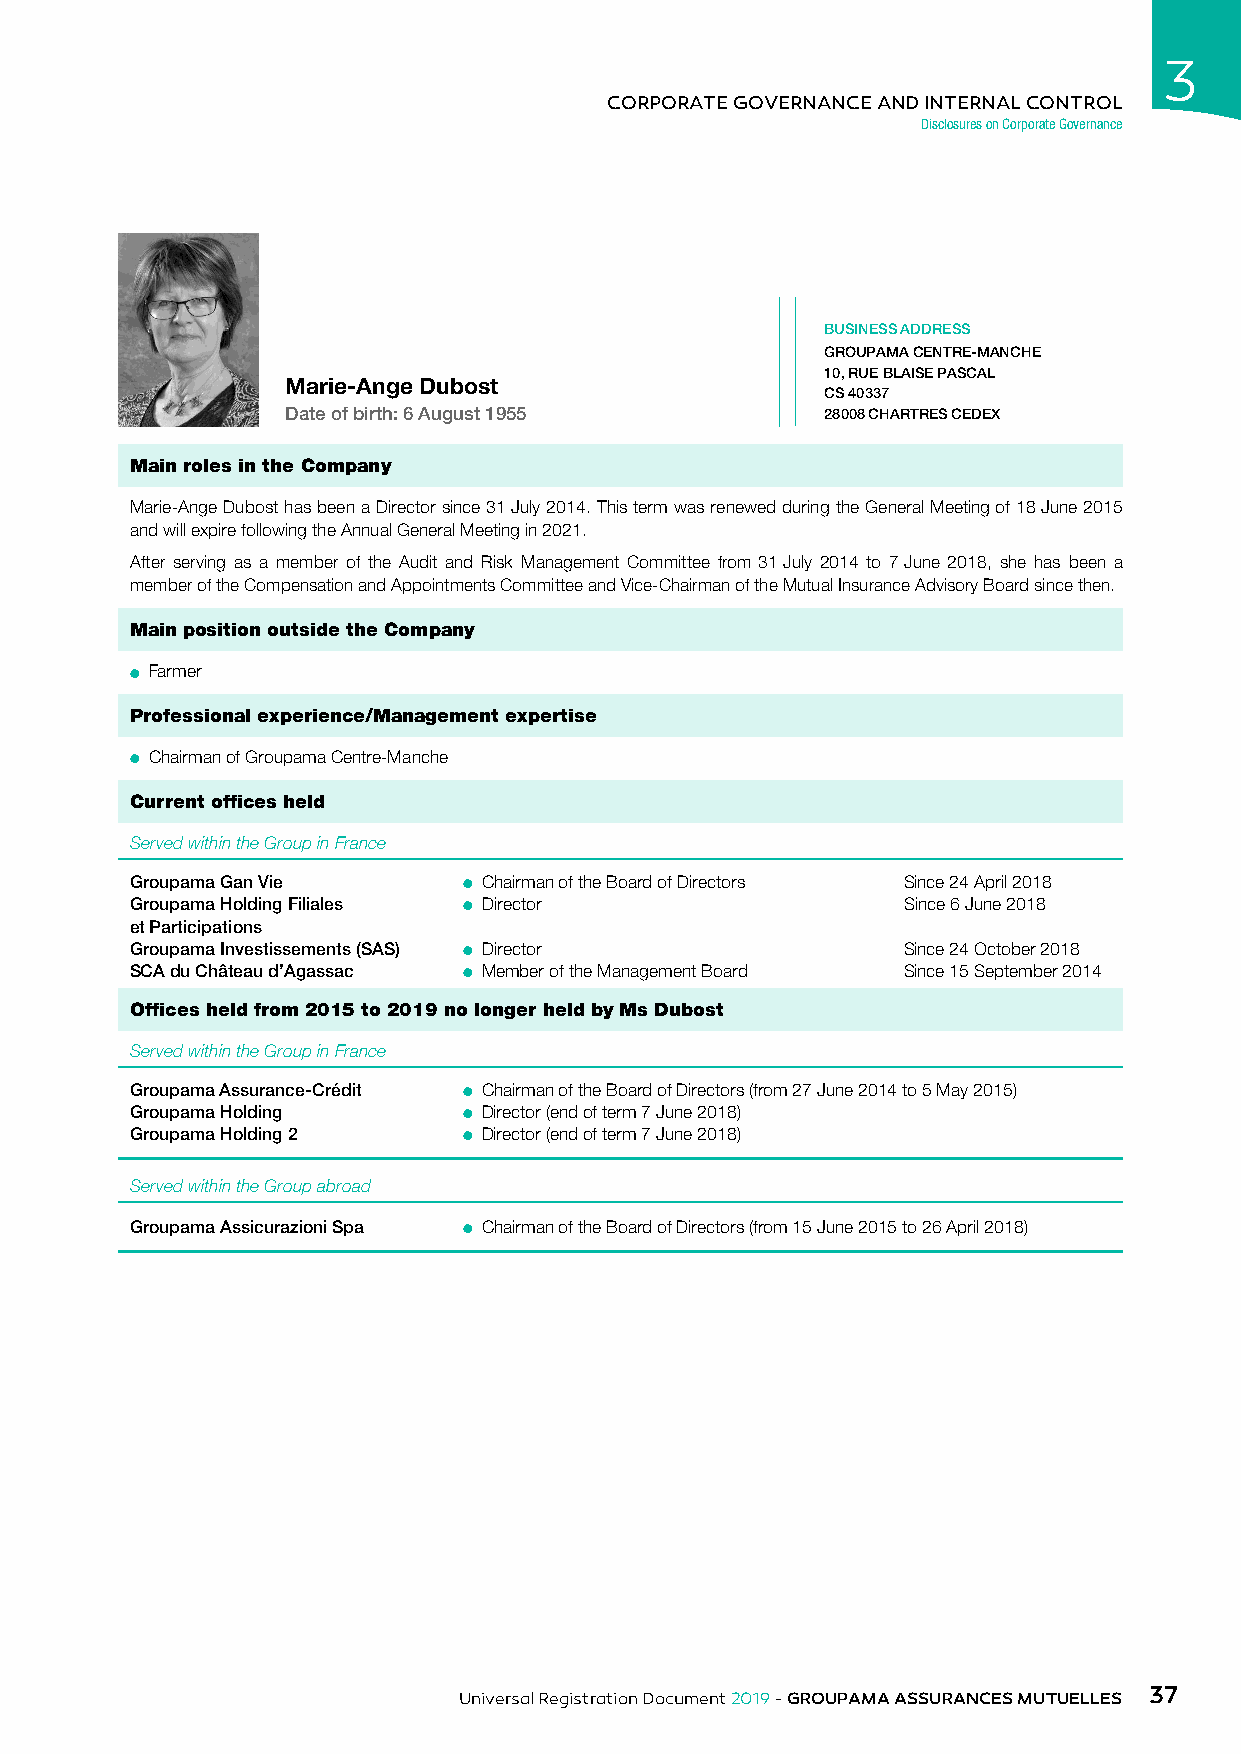
3
 CORPORATE GOVERNANCE AND INTERNAL CONTROL
 Disclosures on Corporate Governance
 BUSINESS ADDRESS
 GROUPAMA CENTRE-MANCHE
 10, RUE BLAISE PASCAL
 Marie-Ange Dubost
 CS 40337
 Date of birth: 6 August 1955        28008 CHARTRES CEDEX
 Main roles in the Company
 Marie-Ange Dubost has been a Director since 31 July 2014. This term was renewed during the General Meeting of 18 June 2015
 and will expire following the Annual General Meeting in 2021.
 After serving as a member of the Audit and Risk Management Committee from 31 July 2014 to 7 June 2018, she has been a
 member of the Compensation and Appointments Committee and Vice-Chairman of the Mutual Insurance Advisory Board since then.
 Main position outside the Company
 ● Farmer
 Professional experience/Management expertise
 ● Chairman of Groupama Centre-Manche
 Current offices held
 Served within the Group in France
 Groupama Gan Vie      ● Chairman of the Board of Directors Since 24 April 2018
 Groupama Holding Filiales ● Director               Since 6 June 2018
 et Participations
 Groupama Investissements (SAS) ● Director          Since 24 October 2018
 SCA du Château d’Agassac ● Member of the Management Board Since 15 September 2014
 Offices held from 2015 to 2019 no longer held by Ms Dubost
 Served within the Group in France
 Groupama Assurance-Crédit ● Chairman of the Board of Directors (from 27 June 2014 to 5 May 2015)
 Groupama Holding      ● Director (end of term 7 June 2018)
 Groupama Holding 2    ● Director (end of term 7 June 2018)
 Served within the Group abroad
 Groupama Assicurazioni Spa ● Chairman of the Board of Directors (from 15 June 2015 to 26 April 2018)
 37
 Universal Registration Document 2019 - GROUPAMA ASSURANCES MUTUELLES